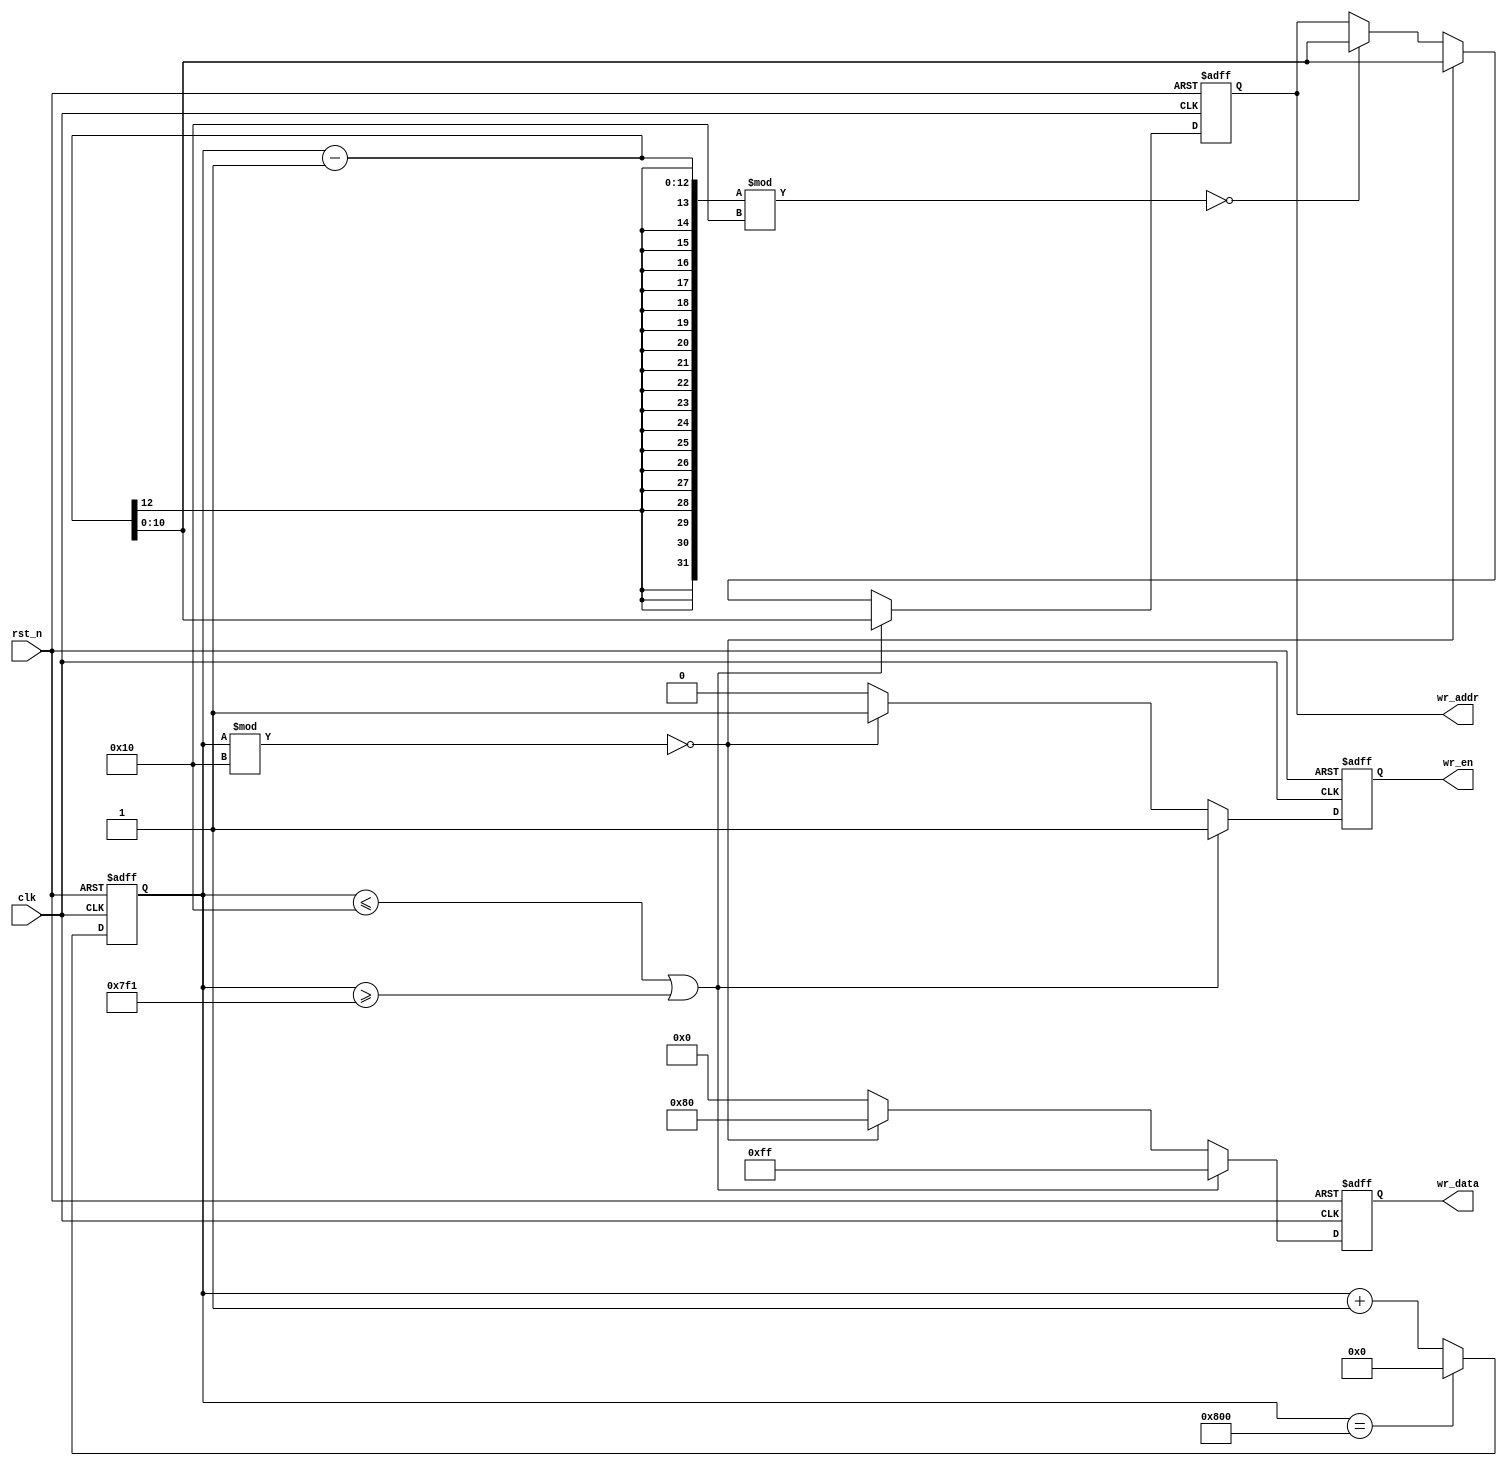
module screen_control2
(
    input clk,
    input rst_n,
    output wr_en,
    output [10:0] wr_addr,
    output [7:0] wr_data
);

    reg [11:0] i;
    reg isWrite;
    reg [10:0] rAddr;
    reg [7:0] rData;
    
    always @(posedge clk or negedge rst_n)
    begin
        if(~rst_n)
        begin
            i <= 12'd0;
            isWrite <= 1'b0;
            rAddr <= 11'd0;
            rData <= 8'd0;
        end
        else
        begin
            //
            if(i <= 16 || i >= 2033 )
            begin
                
                isWrite <= 1'b1;
                rAddr <= i-1;
                rData <= 8'hff;
                
            end
            else
            begin
            
                if(((i-1)%16 == 0)) begin isWrite <= 1'b1; rAddr <= i-1; rData <= 8'h01; end
                else begin isWrite <= 1'b0; rData <= 8'h00; end
                
                if((i%16 == 0)) begin isWrite <= 1'b1; rAddr <= i-1; rData <= 8'h80; end
                else begin isWrite <= 1'b0; rData <= 8'h00; end
                
            end
            
            if(i == 2048) i <= 12'd0;
            else i <= i + 1'b1;
            
        end
    end
    
    /********************************************/
    
    assign wr_en = isWrite;
    assign wr_addr = rAddr;
    assign wr_data = rData;
    
    
endmodule